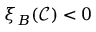
\xi _ { B } ( \mathcal { C } ) < 0